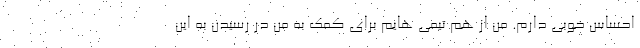
احساس خوبی دارم. من از هم تیمی هایم برای کمک به من در رسیدن به این